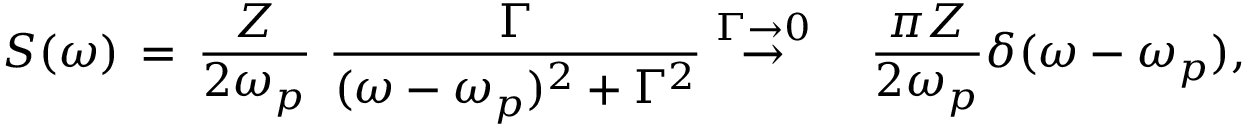
S ( \omega ) \, = \, \frac { Z } { 2 \omega _ { p } } ~ \frac { \Gamma } { ( \omega - \omega _ { p } ) ^ { 2 } + \Gamma ^ { 2 } } \stackrel { \Gamma \rightarrow 0 } { \rightarrow } \quad \frac { \pi Z } { 2 \omega _ { p } } \delta ( \omega - \omega _ { p } ) ,